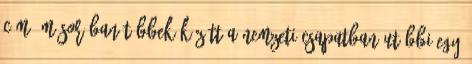
című műsorában többek között a nemzeti csapatban utóbbi egy